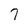
Character: 7